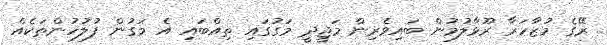
ރޭގެ މުޒާހަރާ ރޫޅާލުމުން ބައިވެރިން މަޖީދީ މަގުގައި ތިއްބައި އެ މަގުން ފުލުހުންތަކެއް